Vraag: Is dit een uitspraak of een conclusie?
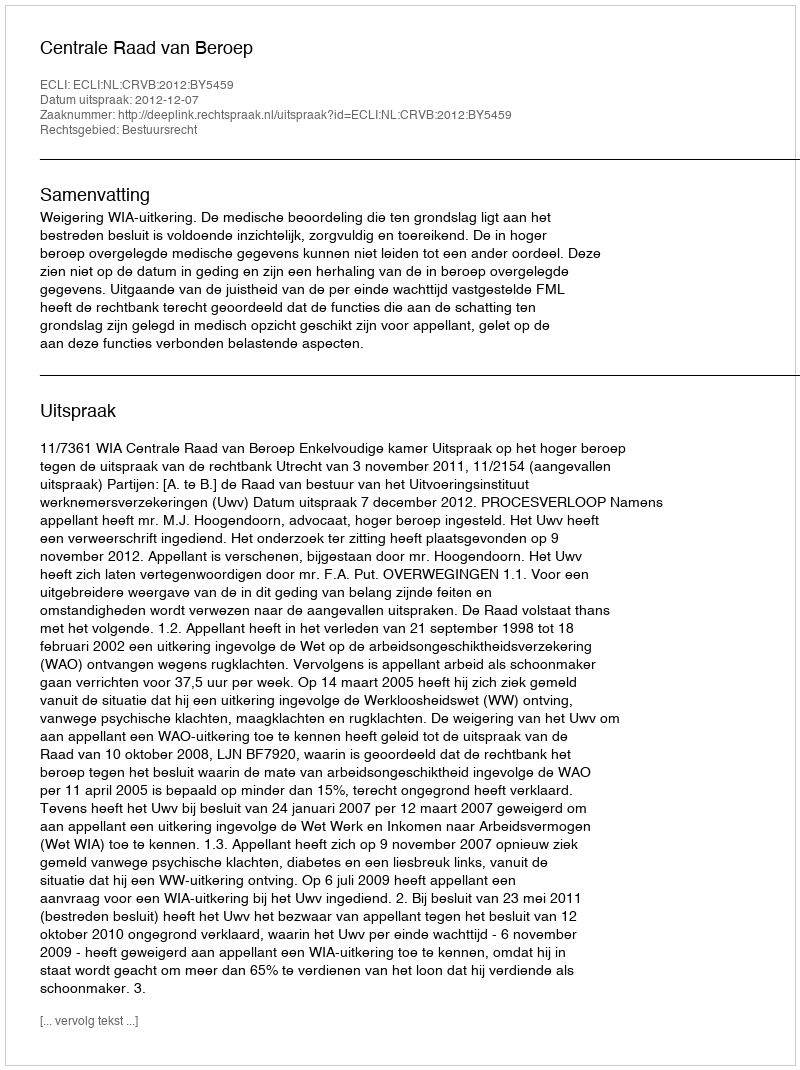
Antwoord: Uitspraak